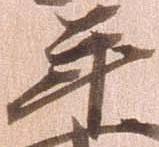
年